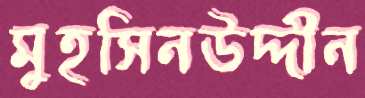
মুহসিনউদ্দীন